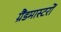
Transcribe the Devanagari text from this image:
ग्रैंडमास्टरों